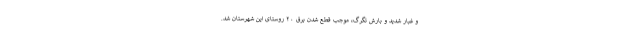
و غبار شدید و بارش تگرگ، موجب قطع شدن برق ۲۰ روستای این شهرستان شد.